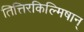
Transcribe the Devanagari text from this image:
तित्तिरकिल्मिषान्